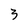
Character: 3